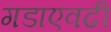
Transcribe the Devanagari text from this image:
गडाएवढी